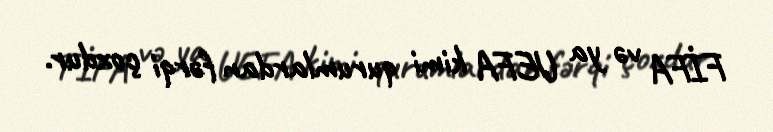
FİFA və ya UEFA kimi qurumlardan fərqi çoxdur.